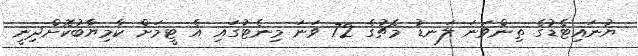
ޔުނައިޓެޑުގެ ތިންވަނަ ލަނޑު މެޗުގެ 72 ވަނަ މިނެޓުގައި އެ ޓީމަށް ކާމިޔާބުކޮށްދިނީ